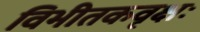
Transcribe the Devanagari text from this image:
विभीतकवृक्षः